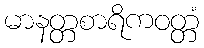
မာနတ္တစာရိကဝတ္တံ